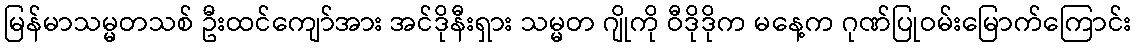
မြန်မာသမ္မတသစ် ဦးထင်ကျော်အား အင်ဒိုနီးရှား သမ္မတ ဂျိုကို ဝီဒိုဒိုက မနေ့က ဂုဏ်ပြုဝမ်းမြောက်ကြောင်း